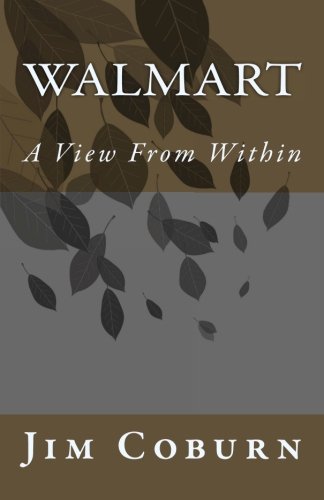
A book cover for Walmart: A View From Within; Jim Coburn; Law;